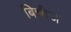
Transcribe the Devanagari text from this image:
बिन्नीज